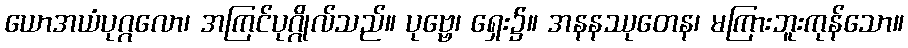
ယောအယံပုဂ္ဂလော၊ အကြင်ပုဂ္ဂိုလ်သည်။ ပုဗ္ဗေ၊ ရှေး၌။ အနနဿုတေန၊ မကြားဘူးကုန်သော။